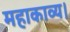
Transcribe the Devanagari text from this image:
महाकाव्य।